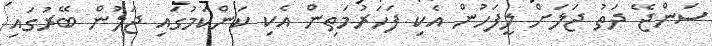
ސަންޖޭ ދަތު ޖަލަށް ލީފަހުން އެކި ފަހަރުމަތިން އެކި ކަންކަމުގައި ޖަލުން ބޭރުގައި